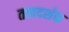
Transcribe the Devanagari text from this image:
तत्त्वदर्शक